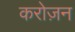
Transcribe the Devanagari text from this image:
करोज़न